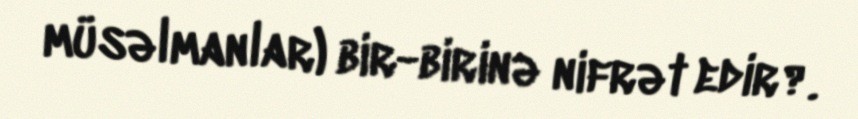
müsəlmanlar) bir-birinə nifrət edir?.